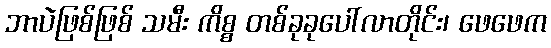
ဘာပဲဖြစ်ဖြစ် သမီး ကိစ္စ တစ်ခုခုပေါ်လာတိုင်း၊ ဖေဖေက